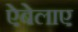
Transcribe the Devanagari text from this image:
ऐबेलाए